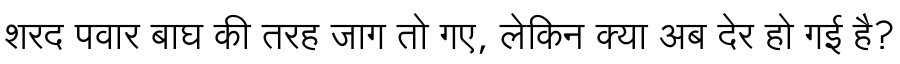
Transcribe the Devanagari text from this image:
शरद पवार बाघ की तरह जाग तो गए, लेकिन क्या अब देर हो गई है?